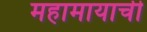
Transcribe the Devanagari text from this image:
महामायाची